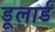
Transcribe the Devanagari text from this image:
डूलार्ड